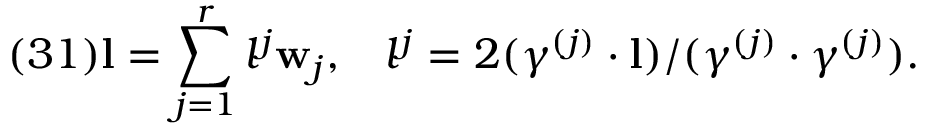
( 3 1 ) { \bf l } = \sum _ { j = 1 } ^ { r } l ^ { j } { \bf w } _ { j } , \; \; \; l ^ { j } = 2 ( \gamma ^ { ( j ) } \cdot { \bf l } ) / ( \gamma ^ { ( j ) } \cdot \gamma ^ { ( j ) } ) .